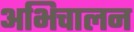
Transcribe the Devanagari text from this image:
अभिचालन